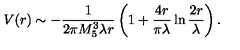
V ( r ) \sim - \frac { 1 } { 2 \pi M _ { 5 } ^ { 3 } \lambda r } \left( 1 + \frac { 4 r } { \pi \lambda } \ln \frac { 2 r } { \lambda } \right) .